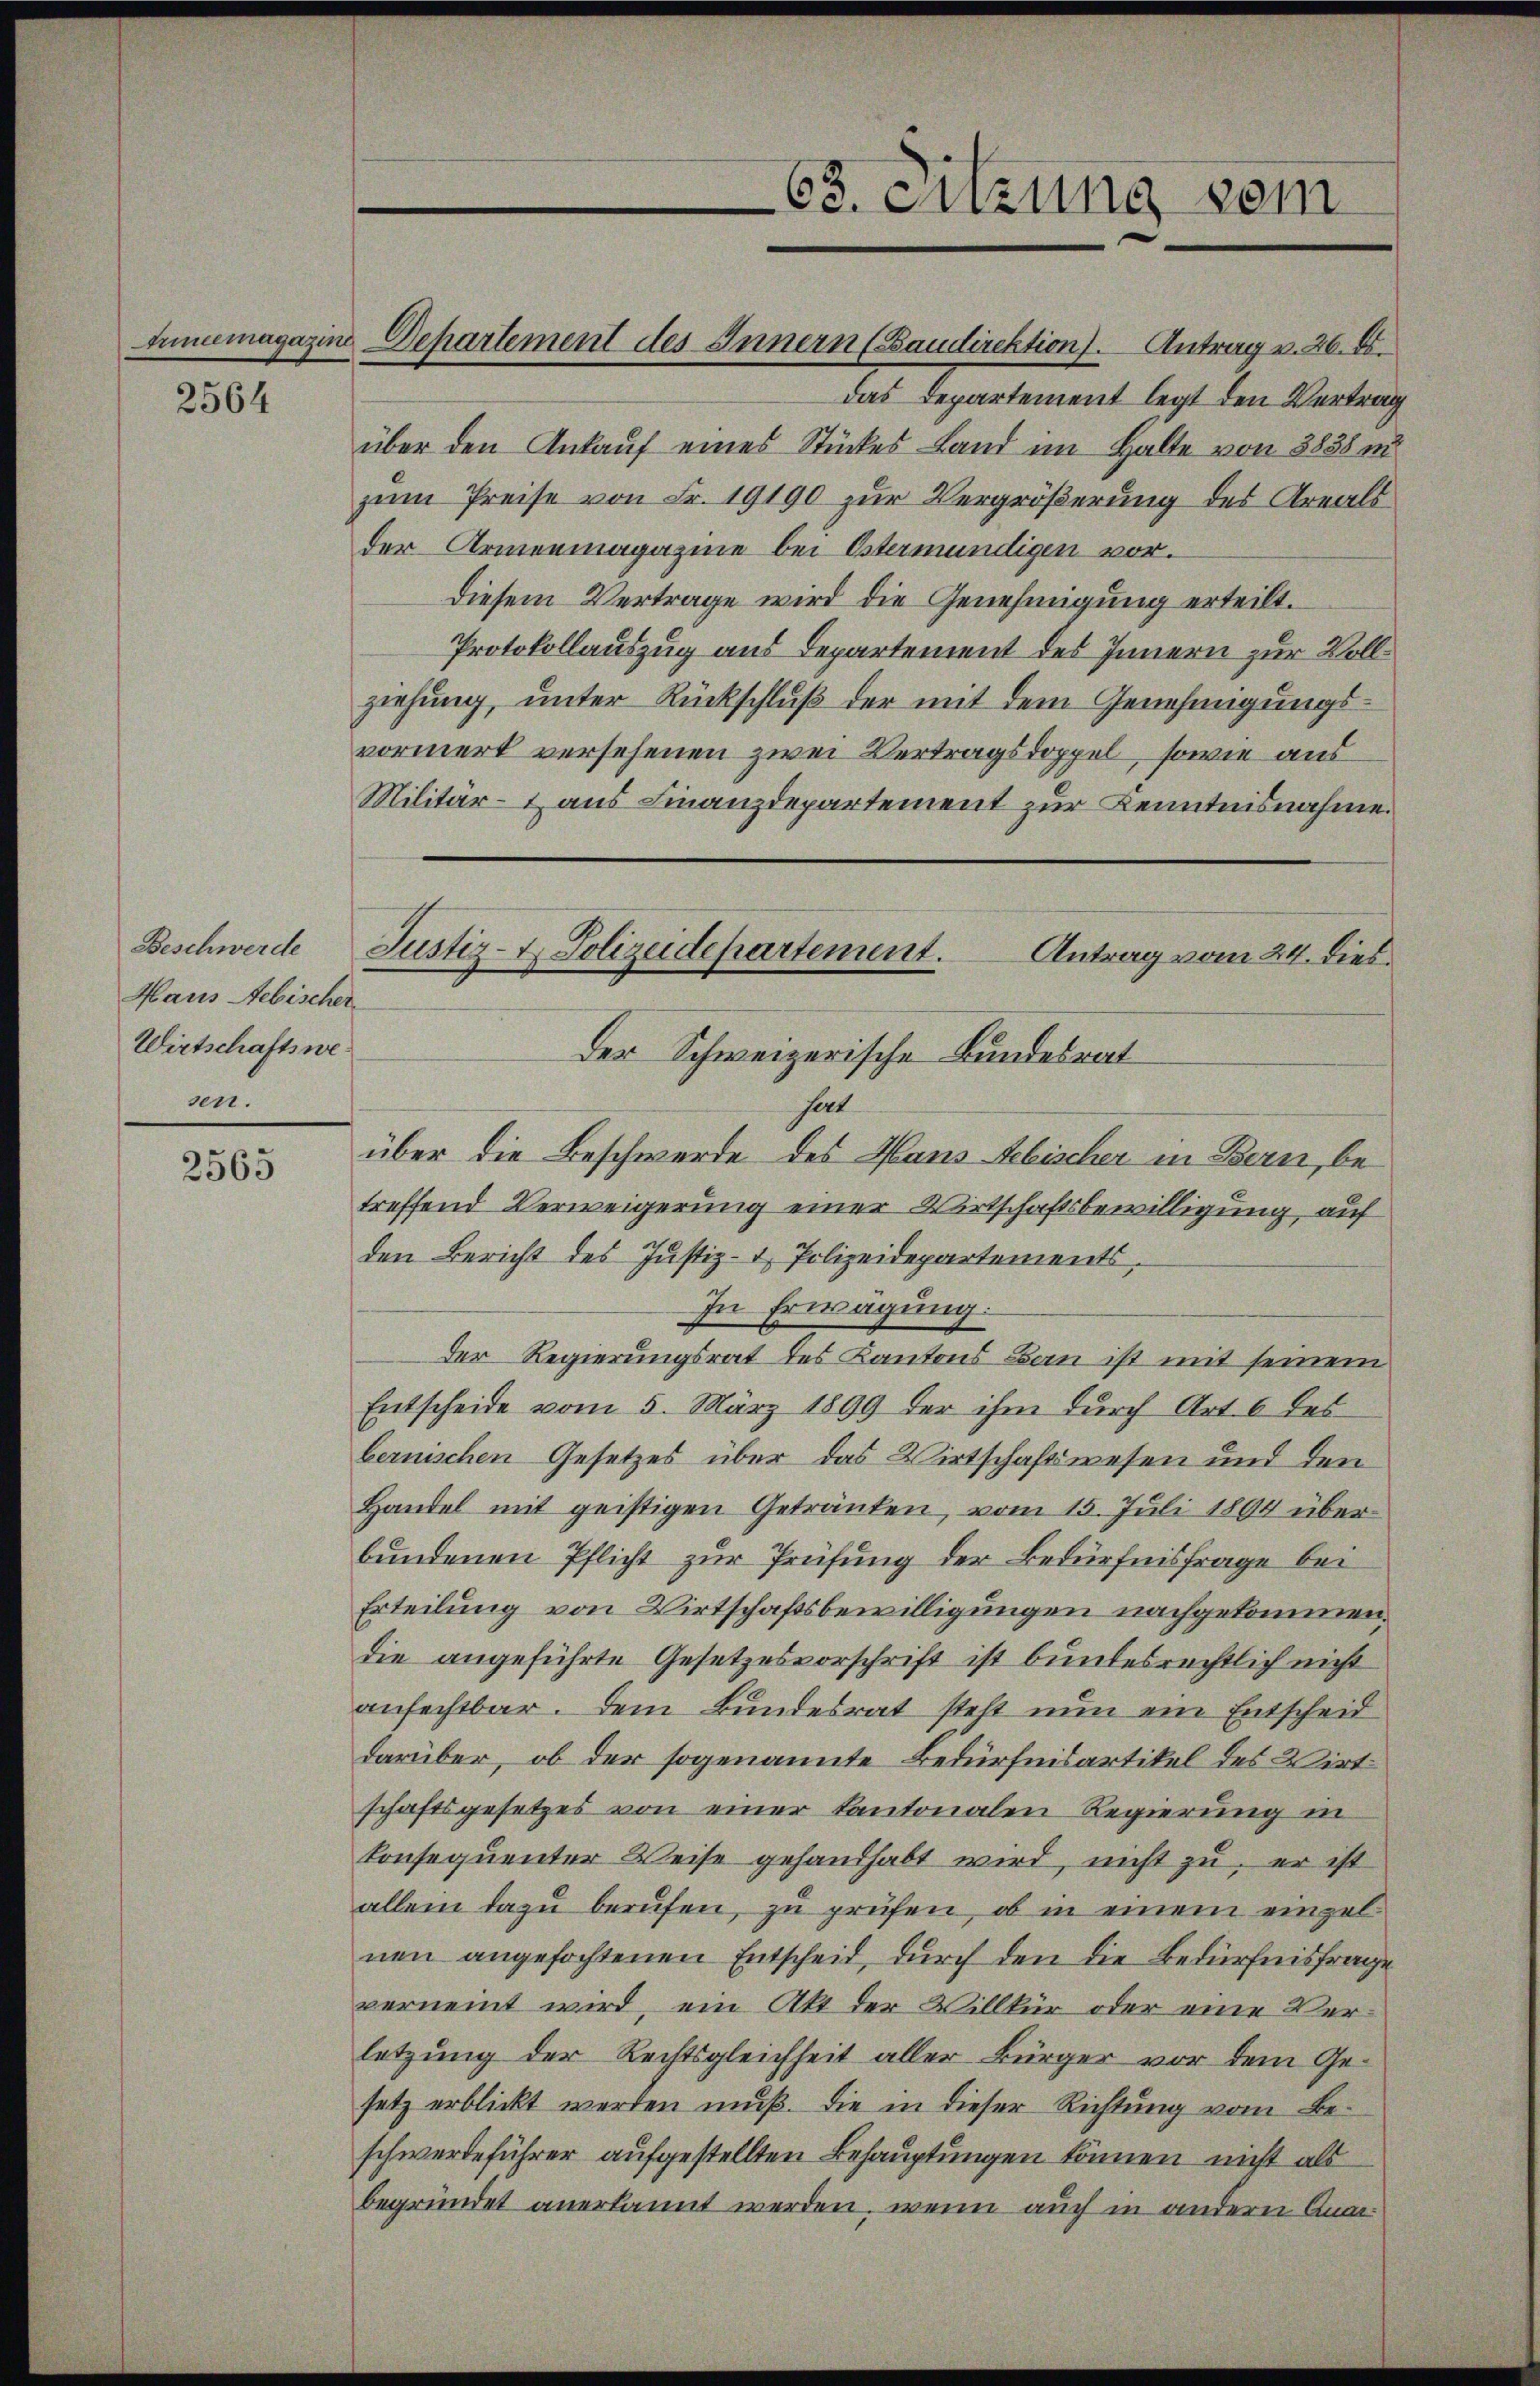
Grünemagazine

2564

Beschwerde
Haus Aebischer
Wirtschaftswesen.

2565

Dehartement des Innern (Baudirektion). Antrag v. 26. d.
über den Ankauf eines Stückes Land im Halte von 3838 m
zum Preise von Fr. 19190 zur Vergrößerung des Areals
der Armenmagazine bei Ostermündigen vor.
diesem Vertrage wird die Genehmigung erteilt.
Protokollauszug aus Departement des Innern zur Vollziehung, unter Rückschluß der mit dem Genehmigungsvormerk versehenen zwei Vertragsdoppel, sowie aus
Militär- aus Finanzdepartement zur Kenntnisnahme.
hat
über die Beschwerde des Hans Lebischer in Bern, betreffend Verweigerung einer Wirtschaftsbewilligung auf
den Bericht des Justiz- & Polizeidepartements.
In Erwägung.
Der Regierungsrat des Kantons Bau ist mit seinem
Entscheide vom 5. März 1899 der ihm durch Art. 6 tes
bernischen Gesetzes über das Wirtschaftswesen und den
Handel mit geistigen Getränken, vom 15. Juli 1804 über-
bundenen Pflicht zur Prüfung der Bedürfnisfrage bei
Erteilung von Wirtschaftsbewilligungen nachgekommen,
die angeführte Gesetzesvorschrift ist bundesrechtlich nicht
anfechtbar. Dem Bundesrat steht nun ein Entscheid
darüber, ob der sogenannte Bedürfnisartikel des Wirt
schaftsgesetzes von einer Kantonalen Regierung in
konsequenter Weise gehandhabt wird, nicht zu, er ist
allein dazu berufen, zu prüfen, ob in einem einzelnen angefochtenen Entscheid, durch den die Bedürfnisfrage
verneint wird, ein Akt der Willkür oder eine Verletzung der Rechtsgleichheit aller Bürger vor dem Gesetz erblickt werden muß. Die in dieser Richtung vom Beschwerdeführer aufgestellten Behauptungen können nicht als
begründet anerkannt werden, wenn auch in andern Ana¬

63. Sitzung vom

Justiz- & Polizeidepartement.
Antrag vom 24. dies
Der Schweizerische Bundesrat

Das Departement legt den Vertrag